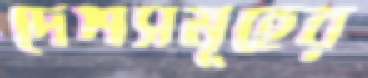
দেশসমূহের